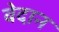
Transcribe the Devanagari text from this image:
वेदान